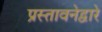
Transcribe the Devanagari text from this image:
प्रस्तावनेद्वारे